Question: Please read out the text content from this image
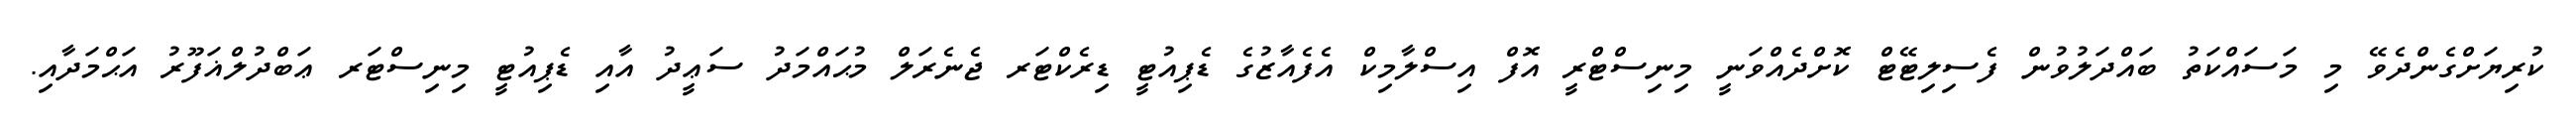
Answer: ކުރިޔަށްގެންދެވޭ މި މަސައްކަތު ބައްދަލުވުން ފެސިލިޓޭޓް ކޮށްދެއްވަނީ މިނިސްޓްރީ އޮފް އިސްލާމިކް އެފެއާޒުގެ ޑެޕިއުޓީ ޑިރެކްޓަރ ޖެނެރަލް މުޙައްމަދު ސަޢީދު އާއި ޑެޕިއުޓީ މިނިސްޓަރ ޢަބްދުލްޣަފޫރު އަޙްމަދާއި.